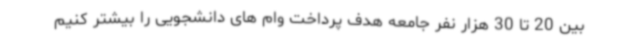
بین 20 تا 30 هزار نفر جامعه هدف پرداخت وام های دانشجویی را بیشتر کنیم